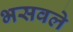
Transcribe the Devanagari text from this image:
भसवले